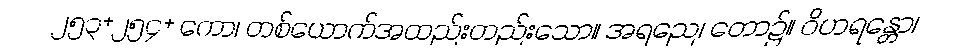
၂၅၃+၂၅၄+ ကော၊ တစ်ယောက်အထည်းတည်းသော။ အရညေ၊ တော၌။ ဝိဟရန္တော၊